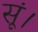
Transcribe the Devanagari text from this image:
सूं।